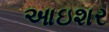
આઇશર